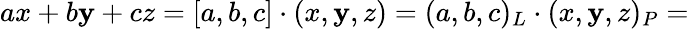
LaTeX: ax+b\mathbf{y}+cz=[a,b,c]\cdot(x,\mathbf{y},z)=(a,b,c)_{L}\cdot(x,\mathbf{y},z)_{P}=